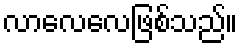
လာလေလေဖြစ်သည်။